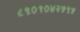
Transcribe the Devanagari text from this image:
८९०१०४२५९५